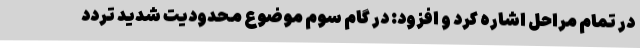
در تمام مراحل اشاره کرد و افزود: در گام سوم موضوع محدودیت شدید تردد